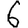
Digit: 6